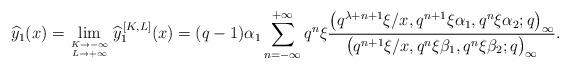
LaTeX: \begin{align*}\widehat{y}_1 (x)= \lim_{K \to -\infty \atop{ L \to +\infty}} \widehat{y}_1^{\,[K,L]}(x) = (q-1)\alpha_1\sum_{n=-\infty}^{+\infty} q^n\xi\frac{\big(q^{\lambda+n+1}\xi / x, q^{n+1} \xi\alpha_1, q^n \xi\alpha_2 ; q\big)_{\infty}}{\big(q^{n+1}\xi / x, q^n \xi\beta_1, q^n \xi\beta_2 ; q\big)_{\infty}} . \end{align*}